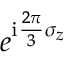
e ^ { \mathrm { i } \frac { 2 \pi } { 3 } \sigma _ { z } }